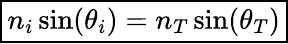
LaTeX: \boxed{n_{i}\sin(\theta_{i})=n_{T}\sin(\theta_{T})}